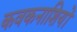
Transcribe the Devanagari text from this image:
कवकनाशियों